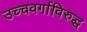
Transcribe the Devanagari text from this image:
उच्चवर्गाविरुद्ध